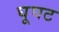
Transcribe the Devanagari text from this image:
घूघट